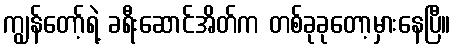
ကျွန်တော့်ရဲ့ ခရီးဆောင်အိတ်က တစ်ခုခုတော့မှားနေပြီ။